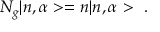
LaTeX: N _ { g } | n , \alpha > = n | n , \alpha > ~ .